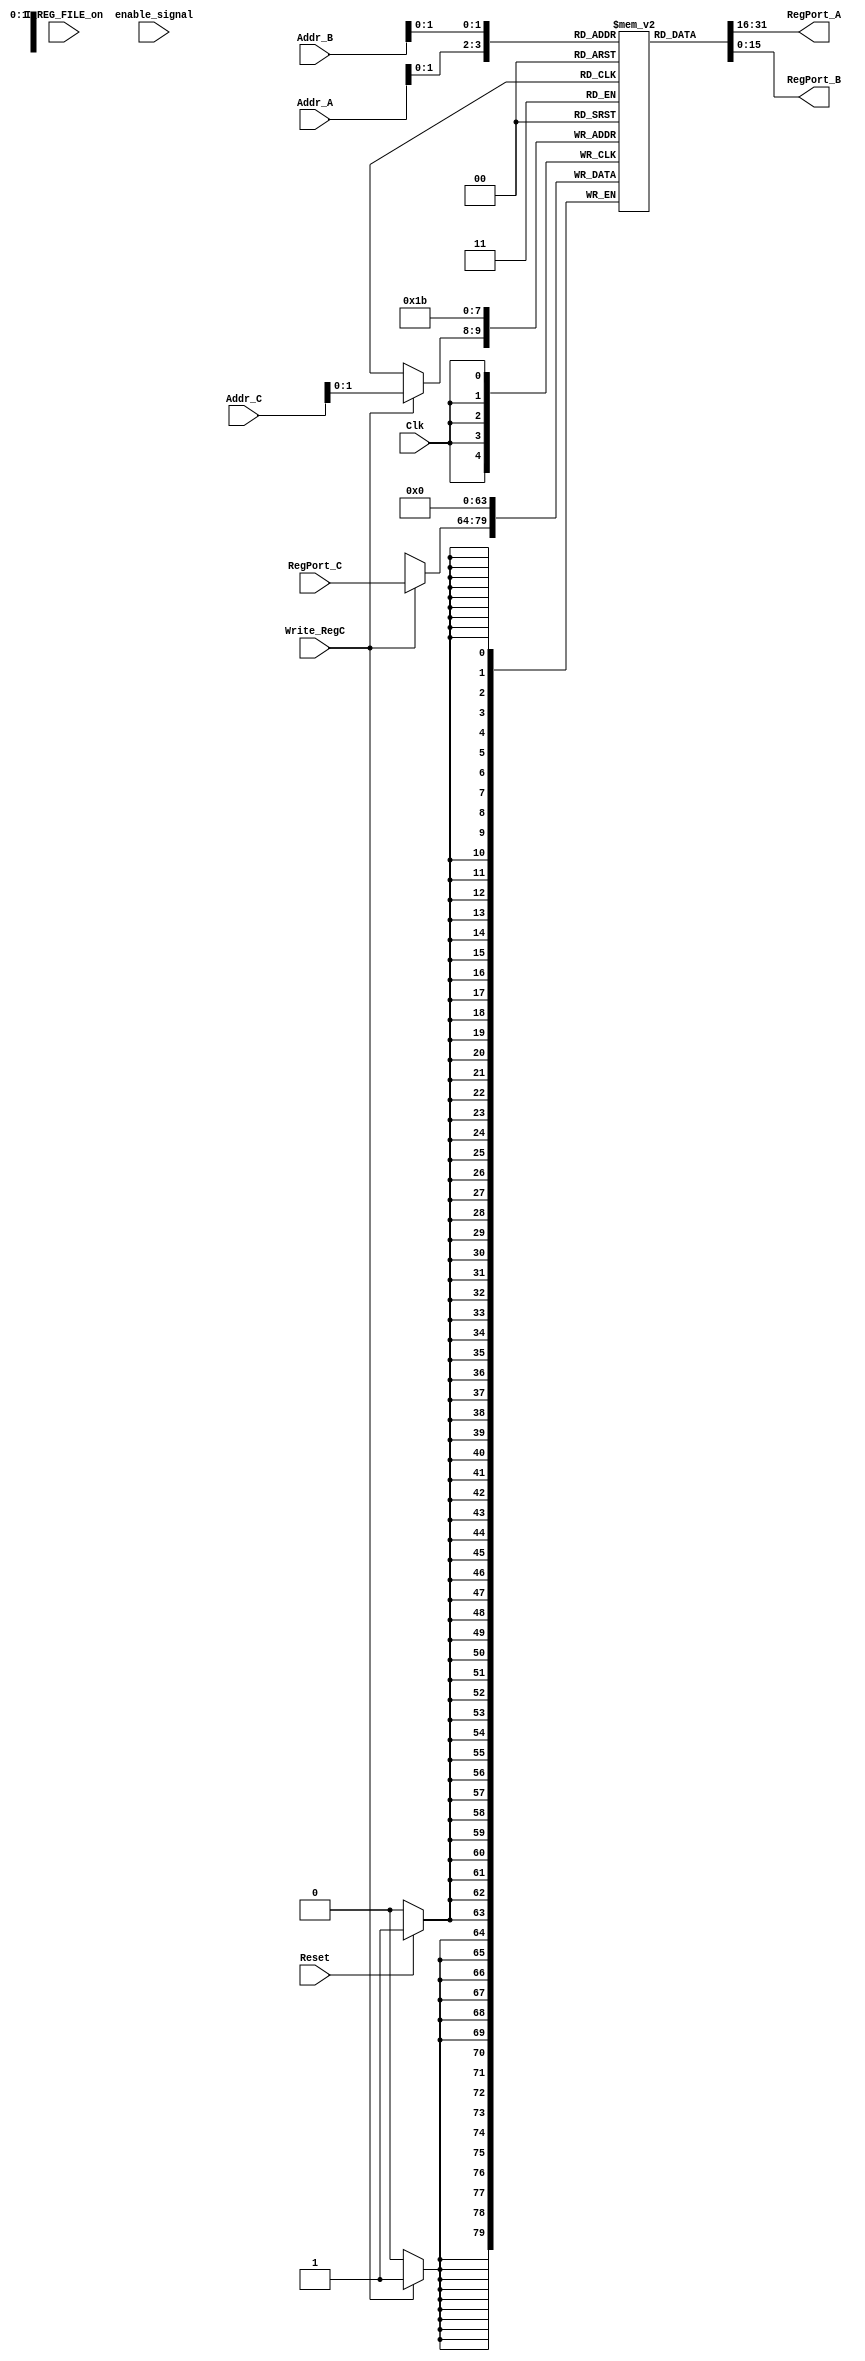
module REG_FILE (
	Reset,
	Clk,
	Addr_A,
	Addr_B,
	Addr_C,
	RegPort_C,
	Write_RegC,
	RegPort_A,
	RegPort_B,
	I_REG_FILE_on,
       	enable_signal
);
input		Reset,		// Reset for initialising registers
		Clk;		// CPU Clock

input [6:0]	Addr_A,		// Address for port A
		Addr_B,		// Address for port B
		Addr_C;		// Address for port C

input [15:0]	RegPort_C;	// Wr Data for port C

input		Write_RegC;
input 		I_REG_FILE_on;
input		enable_signal;
output [15:0]	RegPort_A,	// Data Out of port A
		RegPort_B;	// Data Out of port A

reg [15:0] Reg_Array [3:0];

integer i;

// REG_FILE write

always @ (posedge Clk)
begin
  for (i = 3; i >= 0; i = i - 1)
    if (Reset)
      Reg_Array[i] <= 16'b0000000000000000;

  if (Write_RegC)
      Reg_Array[Addr_C] <= RegPort_C;

end

assign  RegPort_A = Reg_Array[Addr_A];
assign  RegPort_B = Reg_Array[Addr_B];

endmodule